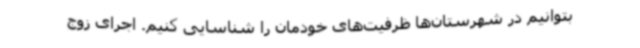
بتوانیم در شهرستان‌ها ظرفیت‌های خودمان را شناسایی کنیم. اجرای زوج